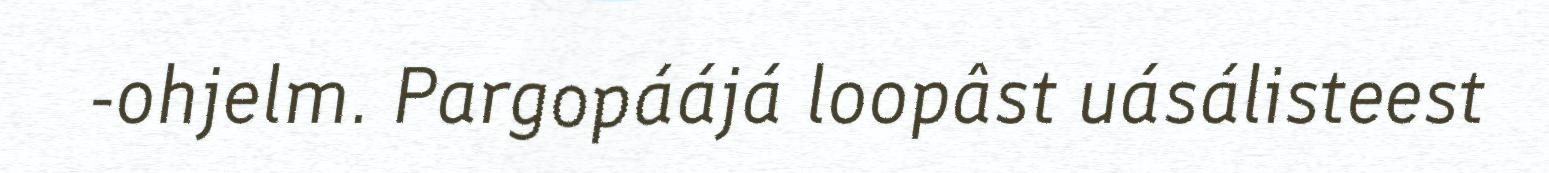
-ohjelm. Pargopáájá loopâst uásálisteest